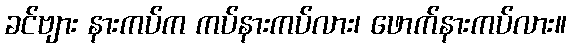
ခင်ဗျား နားကပ်က ကပ်နားကပ်လား၊ ဖောက်နားကပ်လား။